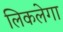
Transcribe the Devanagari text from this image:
लिकलेगा